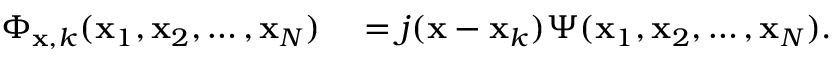
\begin{array} { r l } { \Phi _ { \mathbf { x } , k } ( \mathbf { x } _ { 1 } , \mathbf { x } _ { 2 } , \ldots , \mathbf { x } _ { N } ) } & { { } = j ( \mathbf { x } - \mathbf { x } _ { k } ) \Psi ( \mathbf { x } _ { 1 } , \mathbf { x } _ { 2 } , \ldots , \mathbf { x } _ { N } ) . } \end{array}